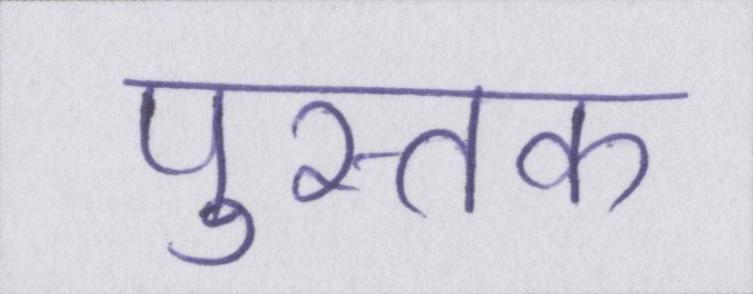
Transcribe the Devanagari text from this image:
पुस्तक